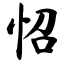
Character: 怊